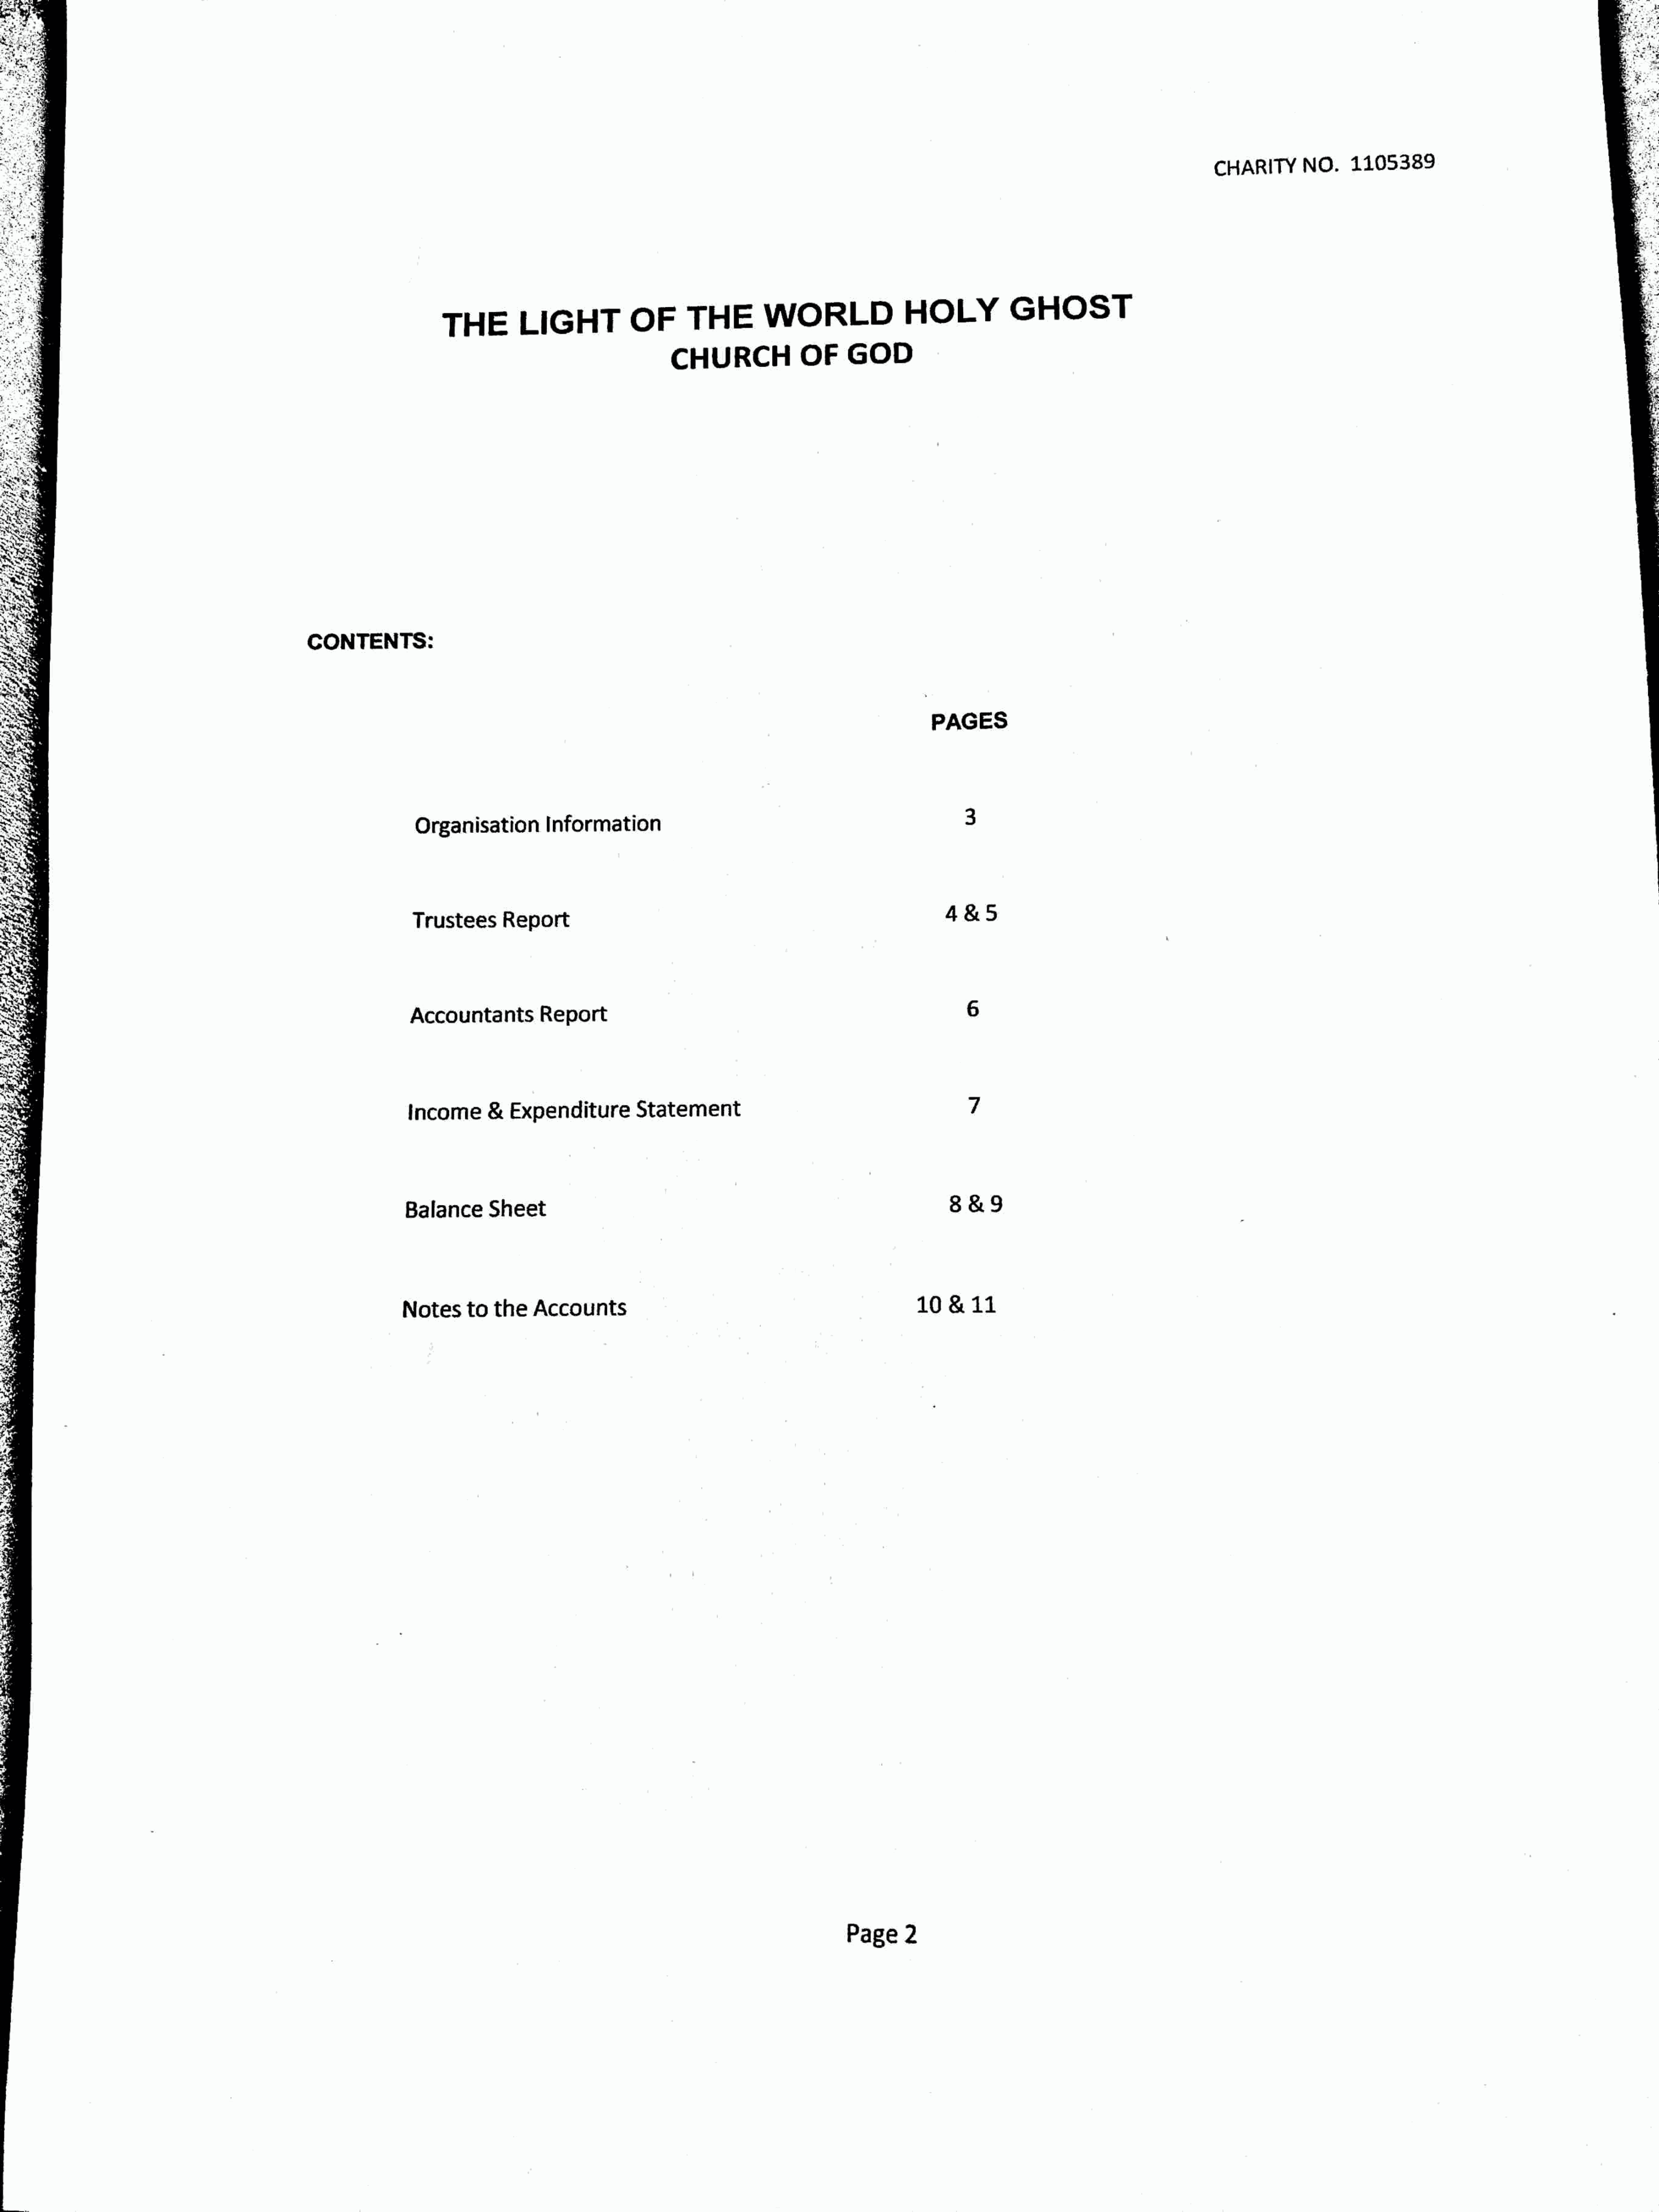
(cid:31)
 ,I:
 (.
 'f
 4i„:"g.&~
 «+   .
 jViV , I
 VC),a
 i',
 I
 i,j,.'
 '
 ~
 1105389
 NO.                                                                         ~ ~
 CHAR@V
 g                                                                                                                                                                                                                                                                                                                                                                               «,r%
 ~~
 ~~
 i                                                                                                                                                                                                                                                                                                                                                                                 tf
 ~ ~
 P
 "s
 .
 +«
 ~
 '- '-
 r-.                                                                                                                                                                                                                                                                                                                                                                                   I'
 ~
 V
 I
 ~I
 \
 GHOST
 4
 ' j~ ~                                                                                                                                                                   WORLD                           HOLY
 OF          THE
 LIGHT
 THE
 . «)
 .4
 VV
 ~V
 OF         GOO
 CHURCH
 «
 J'%
 ~
 /
 VS ~ $a g
 E,
 (4&,
 r
 CONTENTS:
 «
 ~y
 PAGES
 Information
 Organisation
 '~
 4&5
 Trustees             Report
 Accountants                  Report
 Statement
 Income            &    Expenditure
 $%1e
 ~''I'V«                                                                                     Balance            Sheet
 11
 10      8.
 Notes         to     the      Accounts
 ~W.
 T
 Page         2